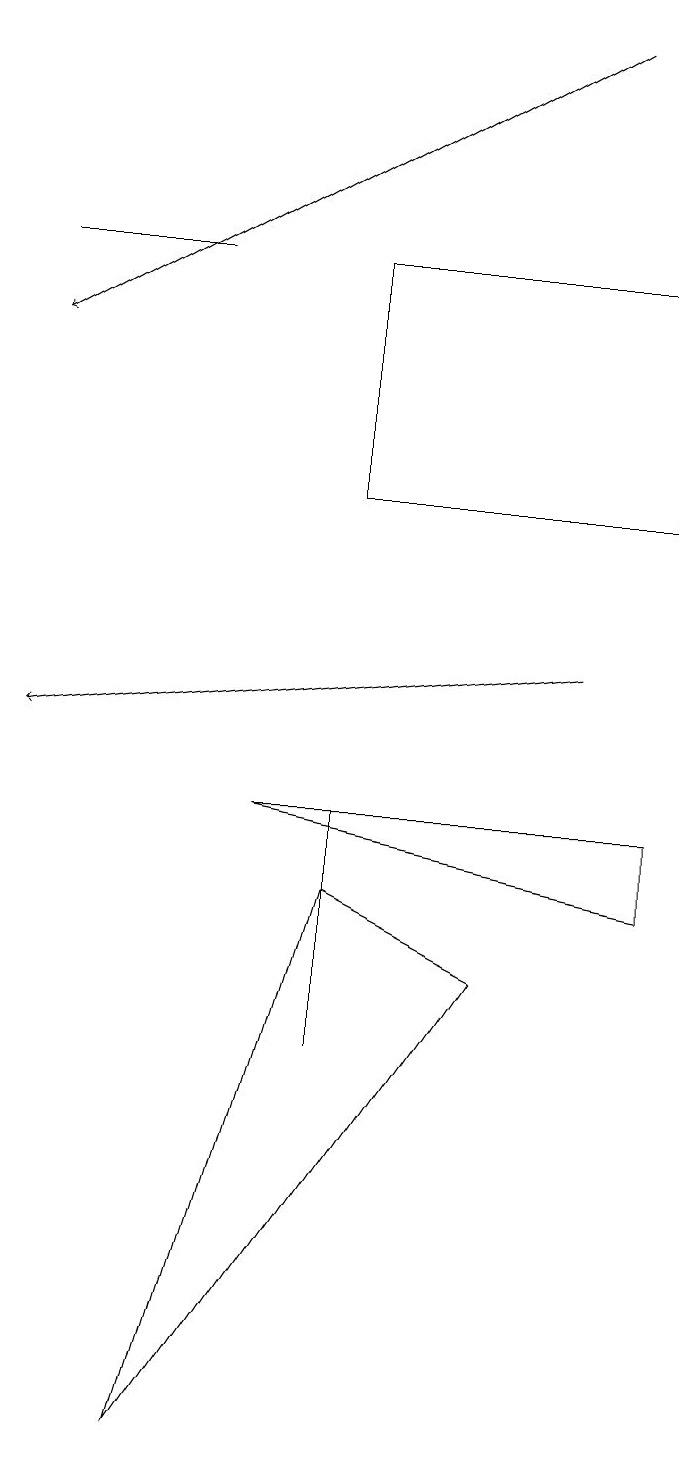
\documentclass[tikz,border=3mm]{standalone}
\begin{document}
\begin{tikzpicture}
\draw (2,16) rectangle (0,16);
\draw[->] (7,19) -- (0,15);
\draw[->] (7,11) -- (0,10);
\draw (2,1) -- (6,7) -- (4,8) -- cycle;
\draw (4,9) -- (4,6) -- (4,6) -- cycle;
\draw (8,13) rectangle (4,16);
\draw (3,9) -- (8,8) -- (8,9) -- cycle;
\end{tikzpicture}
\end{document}